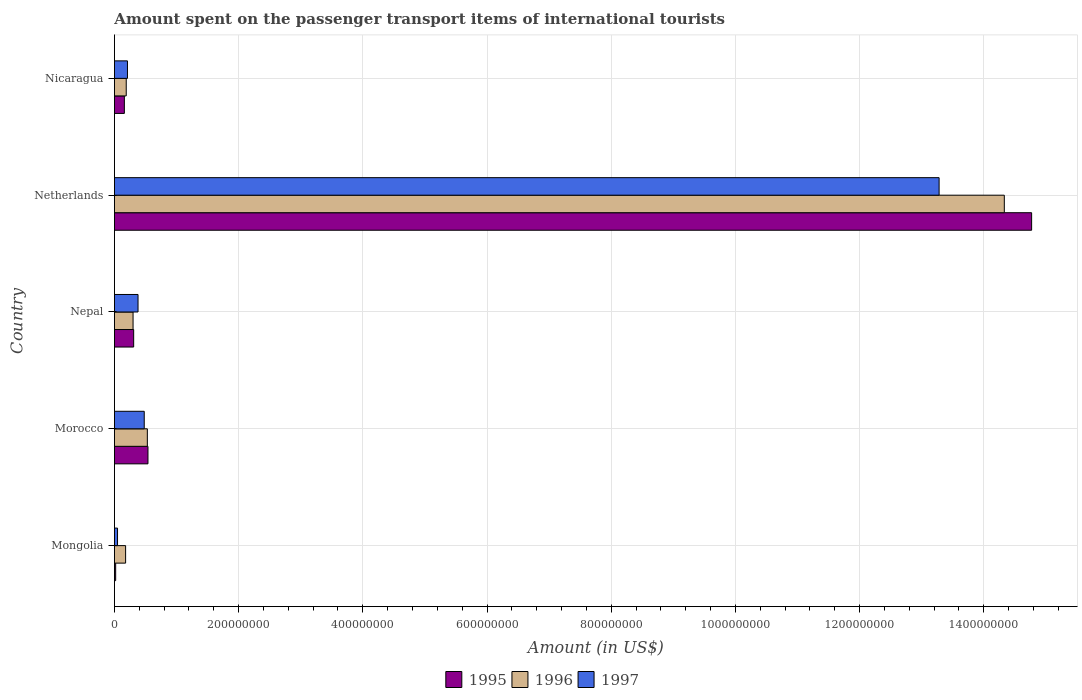
| Country | 1995 | 1996 | 1997 |
 | --- | --- | --- | --- |
 | Mongolia | 2e+06 | 1.8e+07 | 5e+06 |
 | Morocco | 5.4e+07 | 5.3e+07 | 4.8e+07 |
 | Nepal | 3.1e+07 | 3e+07 | 3.8e+07 |
 | Netherlands | 1.48e+09 | 1.43e+09 | 1.33e+09 |
 | Nicaragua | 1.6e+07 | 1.9e+07 | 2.1e+07 |